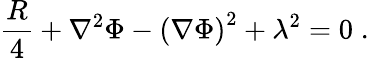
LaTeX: {\frac{R}{4}}+\nabla^{2}\Phi-{\left(\nabla\Phi\right)}^{2}+\lambda^{2}=0\; .